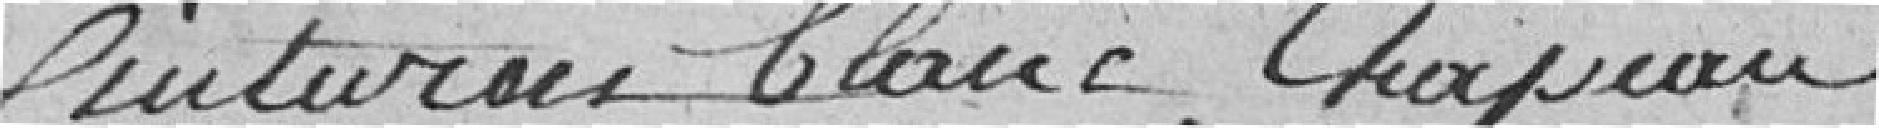
ceinturon blanc, chapeau